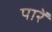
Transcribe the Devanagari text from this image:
पारें